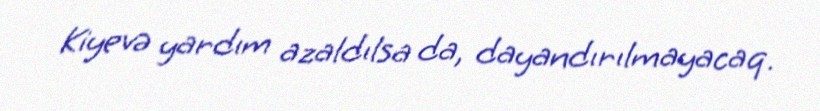
Kiyevə yardım azaldılsa da, dayandırılmayacaq.